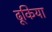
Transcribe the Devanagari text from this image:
ढूकिया